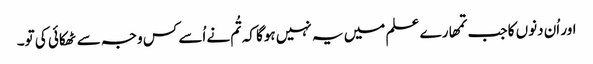
اور اُن دنوں کا جب تمھارے علم میں یہ نہیں ہوگا کہ تُم نے اُسے کس وجہ سے ٹھکائی کی تو۔